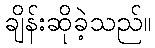
ချိန်းဆိုခဲ့သည်။